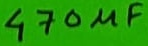
Text: 470µF